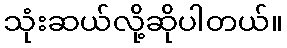
သုံးဆယ်လို့ဆိုပါတယ်။